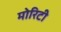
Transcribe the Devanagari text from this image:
मोरिटी